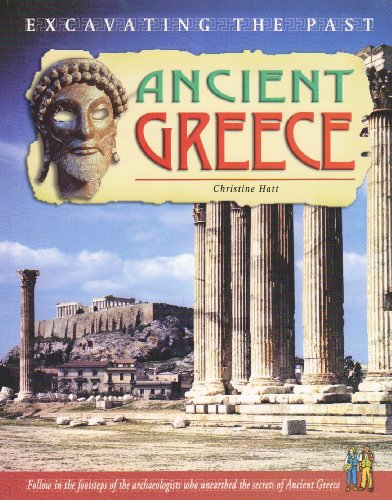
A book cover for Ancient Greece (Excavating the Past); Christine Hatt; Children's Books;